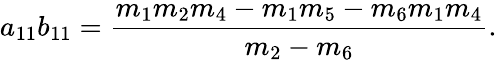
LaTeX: a_{11}b_{11}=\frac{m_{1}m_{2}m_{4}-m_{1}m_{5}-m_{6}m_{1}m_{4}}{m_{2}-m_{6}}.